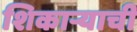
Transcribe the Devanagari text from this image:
शिकाऱ्याची